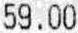
59.00